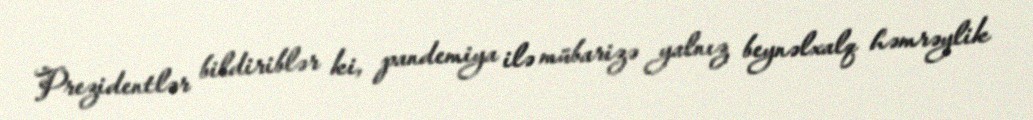
Prezidentlər bildiriblər ki, pandemiya ilə mübarizə yalnız beynəlxalq həmrəylik